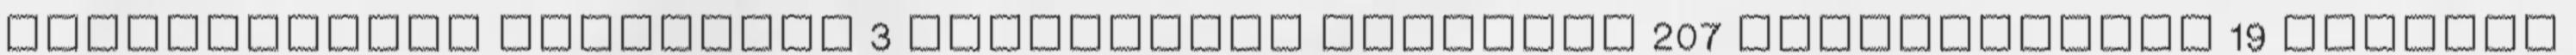
Hernyótalpas szállítók 3 Háztartási eszközök 207 Késkészletek 19 Konyhai